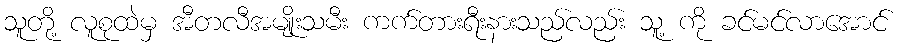
သူတို့ လူစုထဲမှ အီတလီအမျိုးသမီး ကက်တားရီးနားသည်လည်း သူ့ ကို ခင်မင်လာအောင်